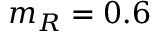
m _ { R } = 0 . 6